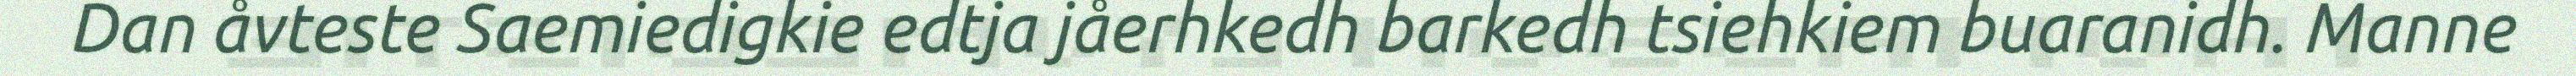
Dan åvteste Saemiedigkie edtja jåerhkedh barkedh tsiehkiem buaranidh. Manne